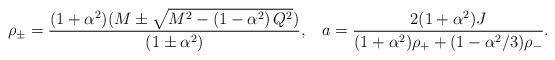
LaTeX: \begin{align*}\rho_{\pm} = \frac{(1+\alpha^2) (M \pm \sqrt{ M^{2} - \left( 1-\alpha^{2} \right) Q^{2}})}{\left(1 \pm \alpha^{2}\right)}, \; \; \; a = \frac{2 (1 + \alpha^2) J}{ (1 + \alpha^2) \rho_{+} +(1-\alpha^{2}/3) \rho_{-}} . \end{align*}